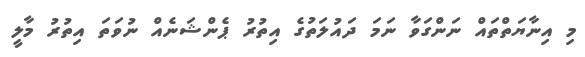
މި އިނާޔަތްތައް ނަންގަވާ ނަމަ ދައުލަތުގެ އިތުރު ޕެންޝަނެއް ނުވަތަ އިތުރު މާލީ